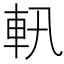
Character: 軐